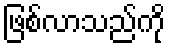
ဖြစ်လာသည်ကို